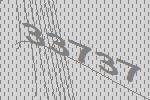
33737